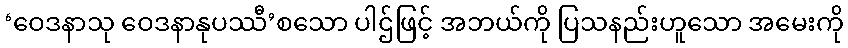
‘ဝေဒနာသု ဝေဒနာနုပဿီ’စသော ပါဌ်ဖြင့် အဘယ်ကို ပြသနည်းဟူသော အမေးကို